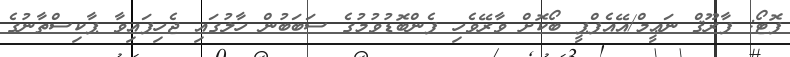
ފޮޓޯ: ފާރޫޤް ނަޢީމް/އޭއެފްޕީ ބޯކޮށް ވާރޭވެހި ފެންބޮޑުވުމުގެ ސަބަބުން ހާލުގައި ޖެހިފައިވާ ޕާކިސްތާނުގެ